Civil Veterinary Department Bengal reports 1933-51 - 1933-1951
Year: 1933
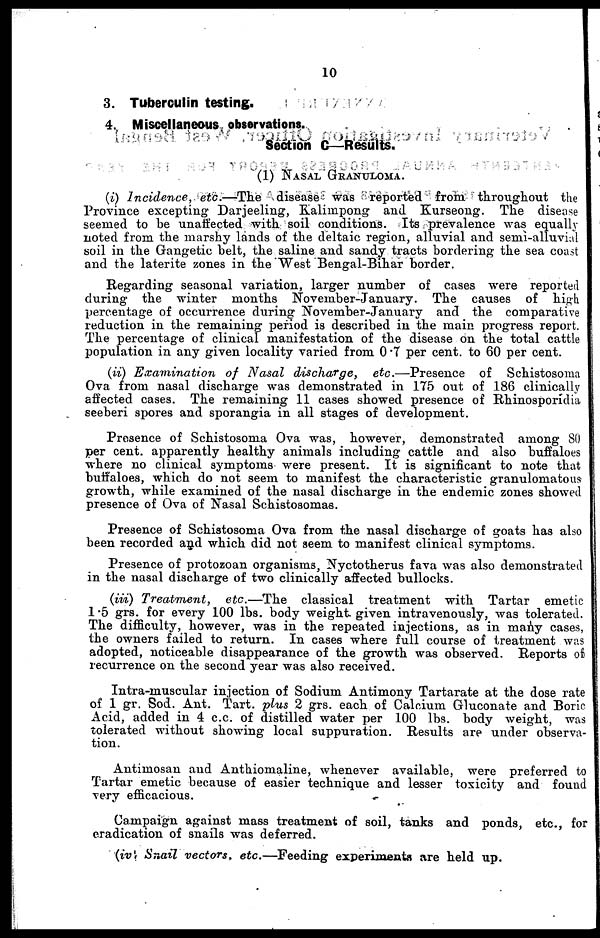
10
3. Tuberculin testing.
4. Miscellaneous observations.
Section C—Results.
(1) NASAL GRANULOMA.
(i) Incidence, etc.—The
disease was reported from throughout the
Province excepting Darjeeling, Kalimpong and Kurseong. The disease
seemed to be unaffected with soil conditions. Its prevalence was equally
noted from the marshy lands of the deltaic region, alluvial and semi-alluvial
soil in the Gangetic belt, the saline and sandy tracts bordering the sea coast
and the laterite zones in the West Bengal-Bihar border.
Regarding seasonal variation, larger number of cases were reported
during the winter months November-January. The causes of high
percentage of occurrence during November-January and the comparative
reduction in the remaining period is described in the main progress report.
The percentage of clinical manifestation of the disease on the total cattle
population in any given locality varied from 0.7 per cent. to 60 per cent.
(ii) Examination
of Nasal discharge,
etc.—Presence
of Schistosoma
Ova from nasal discharge was demonstrated in 175 out of 18G clinically
affected cases. The remaining 11 cases showed presence of Rhinosporidia
seeberi spores and sporangia in all stages of development.
Presence of Schistosoma Ova was, however, demonstrated among 80
per cent. apparently healthy animals including cattle and also buffaloes
where no clinical symptoms were present. It is significant to note that
buffaloes, which do not seem to manifest the characteristic granulomatous
growth, while examined of the nasal discharge in the endemic zones showed
presence of Ova of Nasal Schistosomas.
Presence of Schistosoma Ova from the nasal discharge of goats has also
been recorded and which did not seem to manifest clinical symptoms.
Presence of protozoan organisms, Nyctotherus fava was also demonstrated
in the nasal discharge of two clinically affected bullocks.
(iii) Treatment,
etc.—The
classical treatment with Tartar emetic
1 .5 grs. for every 100 lbs. body weight given intravenously, was tolerated.
The difficulty, however, was in the repeated injections, as in many cases,
the owners failed to return. In cases where full course of treatment was
adopted, noticeable disappearance of the growth was observed. Reports of
recurrence on the second year was also received.
Intra-muscular injection of Sodium Antimony Tartarate at the dose rate
of 1 gr. Sod. Ant. Tart. plus 2 grs. each of Calcium Gluconate and Boric
Acid, added in 4 c.c. of distilled water per 100 lbs. body weight, was
tolerated without showing local suppuration. Results are under observa-
tion.
Antimosan and Anthiomaline, whenever available, were preferred to
Tartar emetic because of easier technique and lesser toxicity and found
very efficacious.
Campaign against mass treatment of soil, tanks and ponds, etc., for
eradication of snails was deferred.
(iv Snail vectors, etc.—Feeding experiments are held up.